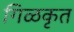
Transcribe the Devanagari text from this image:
गिळकृत